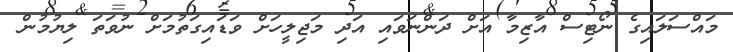
މައްސަލައިގެ ނޯޓިސް އާޒިމާ އަށް ދަންނަވައި އަދި މަޖިލީހަށް ވަޑައިގަތުމަށް ނުވަތަ ލިޔުމުން